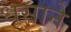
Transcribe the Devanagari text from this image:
धसाने